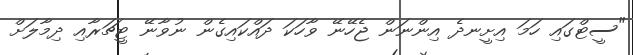
"ސީޓްގައި ހަމަ އިށީނދެ އިންނަން ޖެހޭނޭ ވާހަކަ ދައްކައިގެން ނުވާނޭ ޓީޗަރާއި ދިމާލަށް